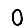
Digit: 0